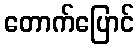
တောက်ပြောင်